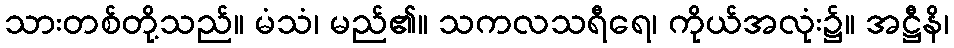
သားတစ်တို့သည်။ မံသံ၊ မည်၏။ သကလသရီရေ၊ ကိုယ်အလုံး၌။ အဋ္ဌီနိ၊